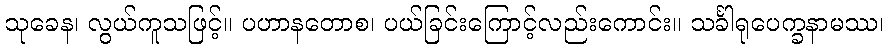
သုခေန၊ လွယ်ကူသဖြင့်။ ပဟာနတောစ၊ ပယ်ခြင်းကြောင့်လည်းကောင်း။ သင်္ခါရုပေက္ခနာမဿ၊